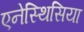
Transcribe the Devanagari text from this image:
एनेस्थिसिया